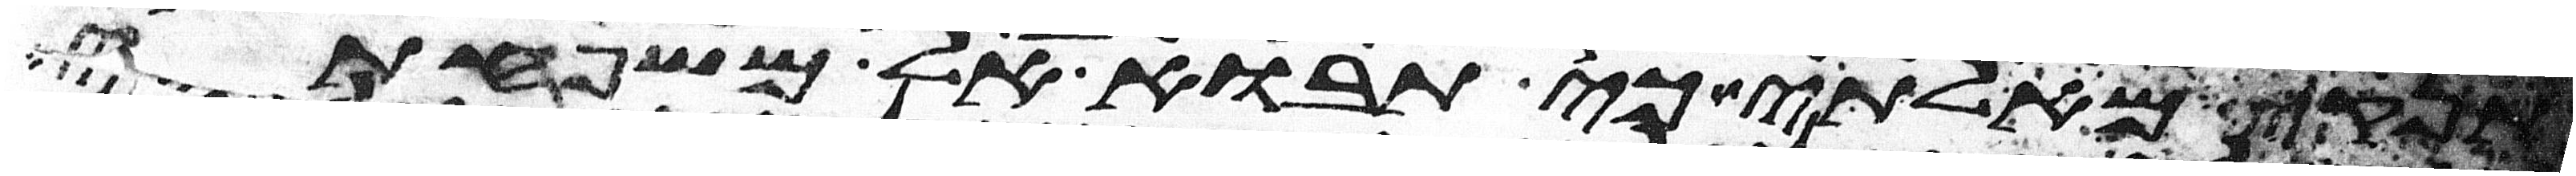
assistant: אז תנקיא מאלתי כי תבוא אל משפחתי